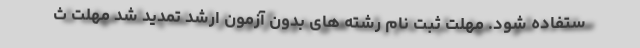
ستفاده شود. مهلت ثبت نام رشته های بدون آزمون ارشد تمدید شد مهلت ث